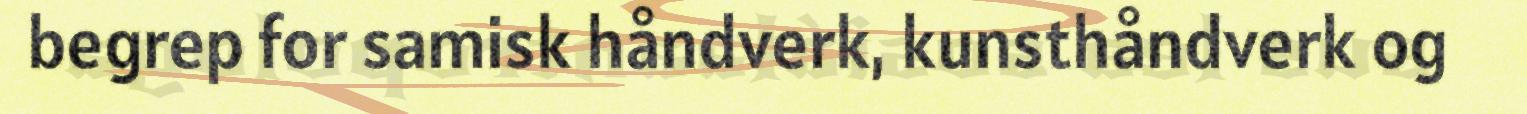
begrep for samisk håndverk, kunsthåndverk og